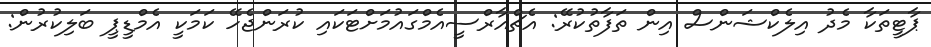
ޕާޓީތަކާ މެދު އިލެކްޝަންސް އިން ތަފާތުކުރޭ: އެޗްއާރްސީއެމްގައުމަށްޓަކައި ކުރަންޖެހޭ ކަމަކީ އެމްޑީޕީ ބަލިކުރުން: